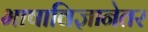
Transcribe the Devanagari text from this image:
भाषाविज्ञानेतर